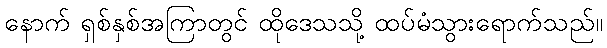
နောက် ရှစ်နှစ်အကြာတွင် ထိုဒေသသို့ ထပ်မံသွားရောက်သည်။